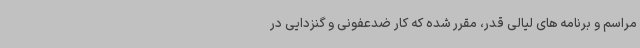
مراسم و برنامه های لیالی قدر، مقرر شده که کار ضدعفونی و گنزدایی در